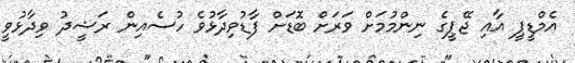
އެމްޑީޕީ އާއި ޖޭޕީގެ ނިންމުމަށް ވަރަށް ބޮޑަށް ފާޑުވިދާޅުވެ ހުސެއިން ރަޝީދު ވިދާޅުވީ